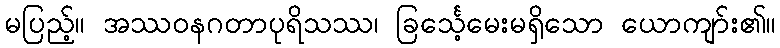
မပြည့်။ အဿဝနဂတာပုရိသဿ၊ ခြင်္သေ့မေးမရှိသော ယောကျာ်း၏။